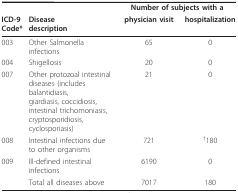
<table><thead><tr><td></td><td></td><td colspan="2"><b>Number of subjects with a</b></td></tr><tr><td><b>ICD-9Code*</b></td><td><b>Diseasedescription</b></td><td><b>physician visit</b></td><td><b>hospitalization</b></td></tr></thead><tbody><tr><td>003</td><td>Other Salmonella infections</td><td>65</td><td>0</td></tr><tr><td>004</td><td>Shigellosis</td><td>20</td><td>0</td></tr><tr><td>007</td><td>Other protozoal intestinal diseases (includes balantidiasis, giardiasis, coccidiosis, intestinal trichomoniasis, cryptosporidiosis, cyclosporiasis)</td><td>21</td><td>0</td></tr><tr><td>008</td><td>Intestinal infections due to other organisms</td><td>721</td><td><sup>†</sup>180</td></tr><tr><td>009</td><td>Ill-defined intestinal infections</td><td>6190</td><td>0</td></tr><tr><td></td><td>Total all diseases above</td><td>7017</td><td>180</td></tr></tbody></table>